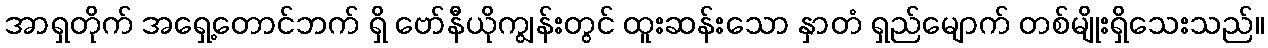
အာရှတိုက် အရှေ့တောင်ဘက် ရှိ ဗော်နီယိုကျွန်းတွင် ထူးဆန်းသော နှာတံ ရှည်မျောက် တစ်မျိုးရှိသေးသည်။